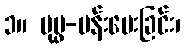
၁။ ပုပ္ဖ-ပန်းပေးခြင်း၊